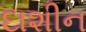
દાશીન